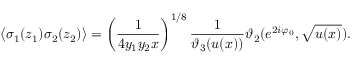
\langle \sigma _ { 1 } ( z _ { 1 } ) \sigma _ { 2 } ( z _ { 2 } ) \rangle = \left( \frac { 1 } { 4 y _ { 1 } y _ { 2 } x } \right) ^ { 1 / 8 } \frac { 1 } { \vartheta _ { 3 } ( u ( x ) ) } \vartheta _ { 2 } ( e ^ { 2 i \varphi _ { 0 } } , \sqrt { u ( x ) } ) .